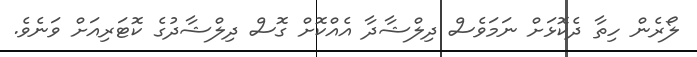
ލޯރެން ހިތާ ދެކޮޅަށް ނަމަވެސް ދިލްޝާދާ އެއްކޮށް ގޮސް ދިލްޝާދުގެ ކޮޓަރިއަށް ވަނެވެ.